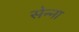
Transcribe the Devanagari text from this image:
सेन्‍ना